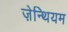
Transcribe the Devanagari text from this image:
ज़ेन्थियम